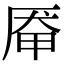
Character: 厣